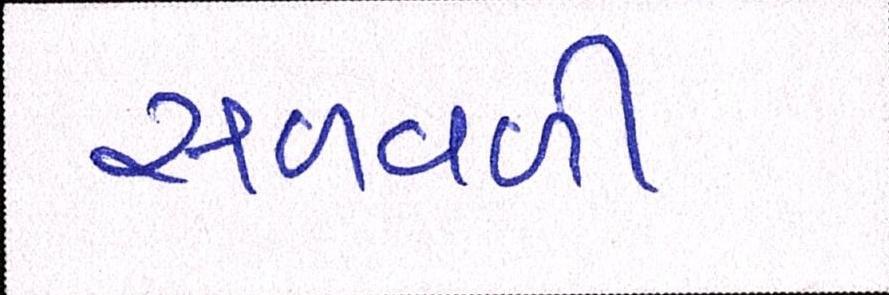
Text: સળવળી